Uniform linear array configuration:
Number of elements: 12
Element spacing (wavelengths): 1
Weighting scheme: kaiser
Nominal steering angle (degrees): -45
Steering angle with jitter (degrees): -44.639
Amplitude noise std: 0.05
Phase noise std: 0.05

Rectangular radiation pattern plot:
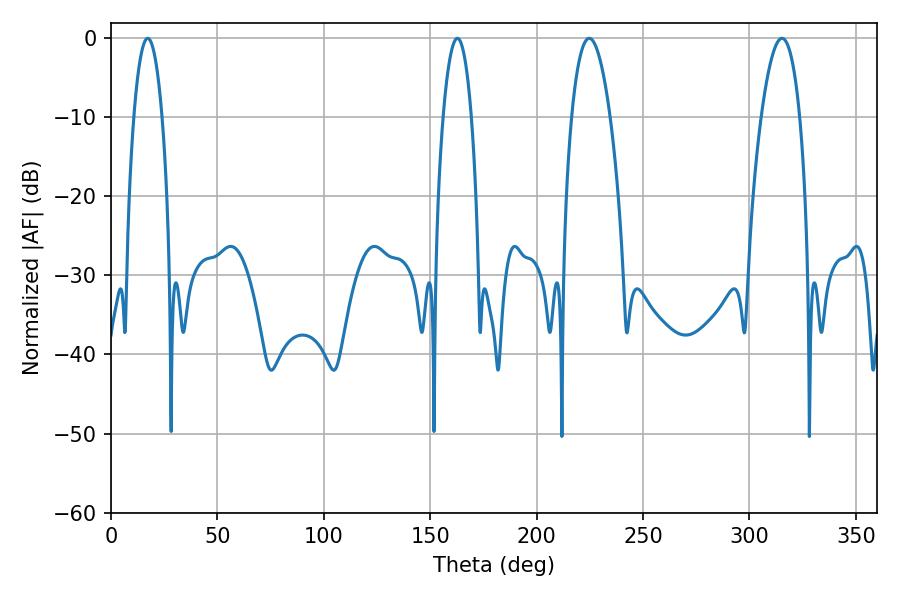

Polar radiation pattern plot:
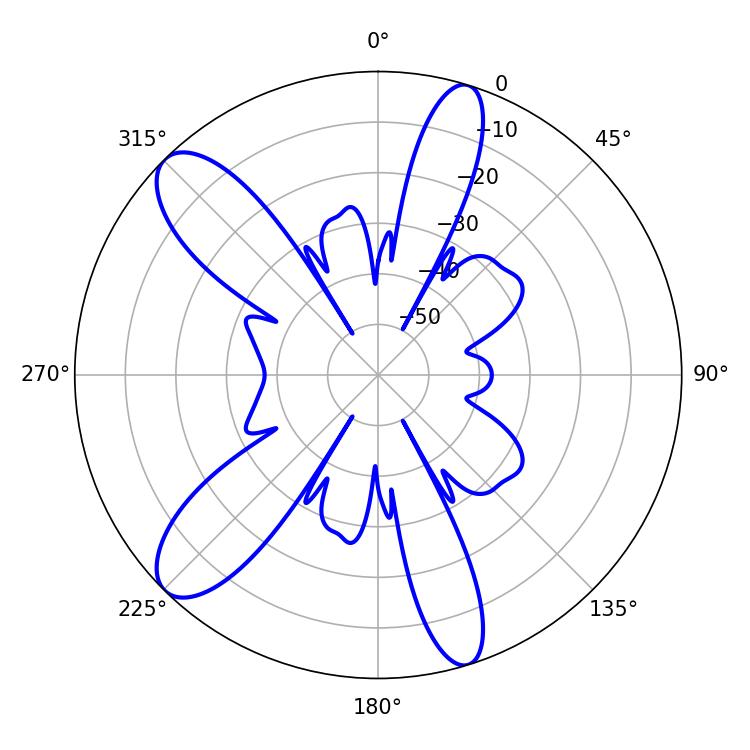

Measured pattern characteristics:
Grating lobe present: TRUE
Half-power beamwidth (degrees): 7.38
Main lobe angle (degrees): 17.28